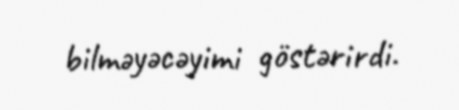
bilməyəcəyimi göstərirdi.